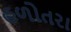
હળોતરા